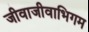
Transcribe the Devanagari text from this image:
जीवाजीवाभिगम